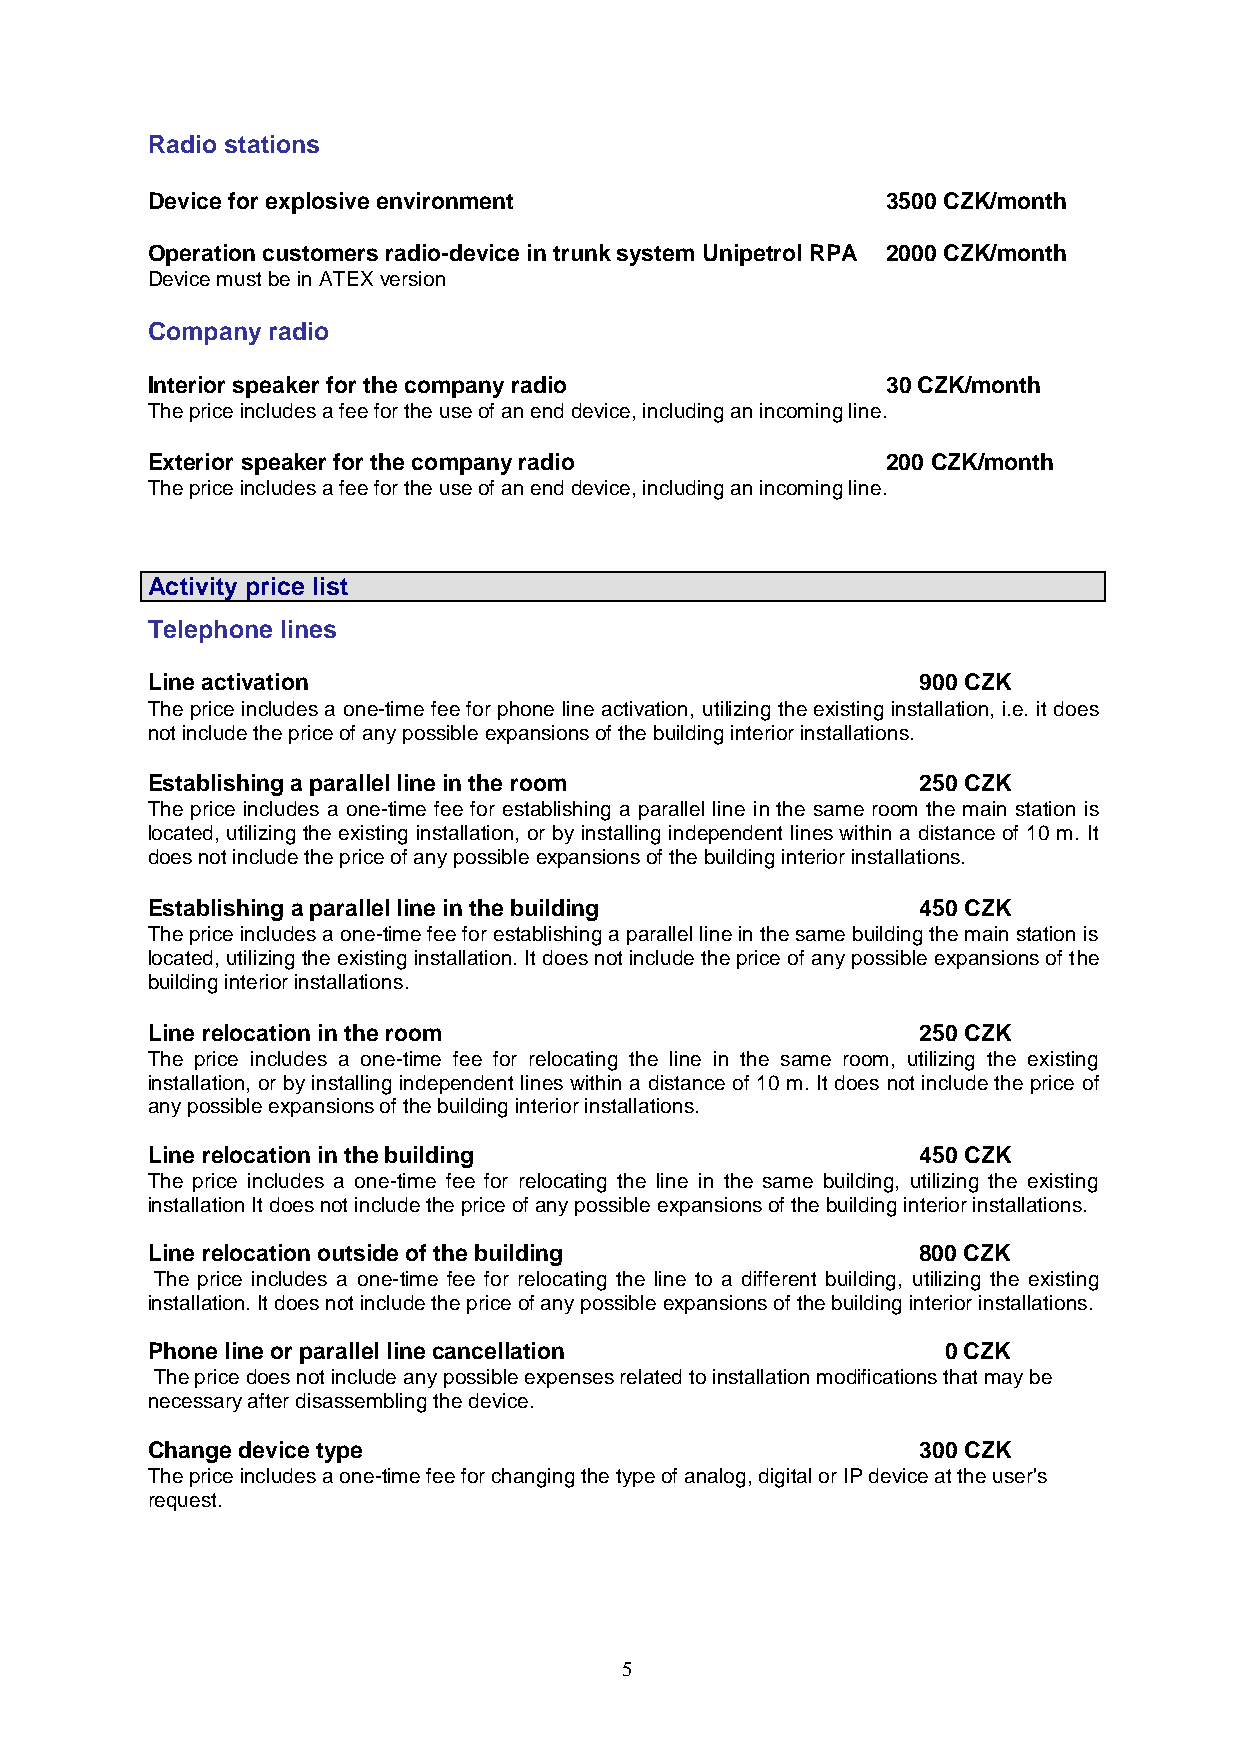
Radio stations
 Device for explosive environment                 3500 CZK/month
 Operation customers radio-device in trunk system Unipetrol RPA 2000 CZK/month
 Device must be in ATEX version
 Company radio
 Interior speaker for the company radio           30 CZK/month
 The price includes a fee for the use of an end device, including an incoming line.
 Exterior speaker for the company radio           200 CZK/month
 The price includes a fee for the use of an end device, including an incoming line.
 Activity price list
 Telephone lines
 Line activation                                    900 CZK
 The price includes a one-time fee for phone line activation, utilizing the existing installation, i.e. it does
 not include the price of any possible expansions of the building interior installations.
 Establishing a parallel line in the room           250 CZK
 The price includes a one-time fee for establishing a parallel line in the same room the main station is
 located, utilizing the existing installation, or by installing independent lines within a distance of 10 m. It
 does not include the price of any possible expansions of the building interior installations.
 Establishing a parallel line in the building       450 CZK
 The price includes a one-time fee for establishing a parallel line in the same building the main station is
 located, utilizing the existing installation. It does not include the price of any possible expansions of the
 building interior installations.
 Line relocation in the room                        250 CZK
 The price includes a one-time fee for relocating the line in the same room, utilizing the existing
 installation, or by installing independent lines within a distance of 10 m. It does not include the price of
 any possible expansions of the building interior installations.
 Line relocation in the building                    450 CZK
 The price includes a one-time fee for relocating the line in the same building, utilizing the existing
 installation It does not include the price of any possible expansions of the building interior installations.
 Line relocation outside of the building            800 CZK
 The price includes a one-time fee for relocating the line to a different building, utilizing the existing
 installation. It does not include the price of any possible expansions of the building interior installations.
 Phone line or parallel line cancellation             0 CZK
 The price does not include any possible expenses related to installation modifications that may be
 necessary after disassembling the device.
 Change device type                                 300 CZK
 The price includes a one-time fee for changing the type of analog, digital or IP device at the user's
 request.
 5